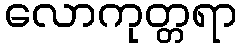
လောကုတ္တရာ